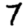
Digit: 7